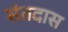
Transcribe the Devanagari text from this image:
संतदास